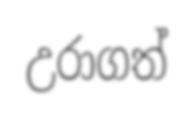
උරාගත්